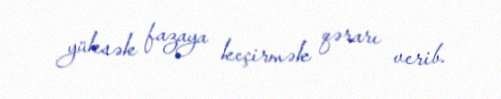
yüksək fazaya keçirmək qərarı verib.